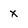
Character: x